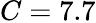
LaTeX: C=7.7